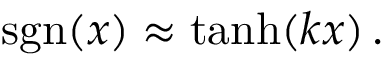
\ \operatorname { s g n } ( x ) \approx \operatorname { t a n h } ( k x ) \, .